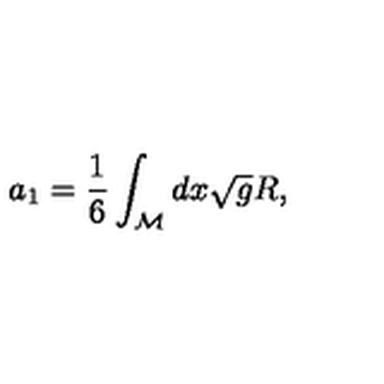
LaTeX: a _ { 1 } = \frac { 1 } { 6 } \int _ { \cal M } d x \sqrt { g } R ,